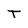
Character: T